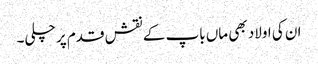
ان کی اولاد بھی ماں باپ کے نقش قدم پر چلی۔